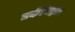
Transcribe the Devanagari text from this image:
तर्कनिष्ठता